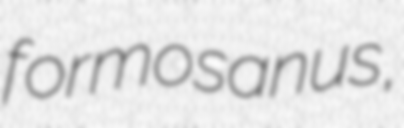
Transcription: formosanus,